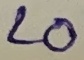
Text: LO